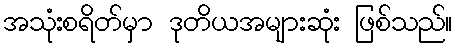
အသုံးစရိတ်မှာ ဒုတိယအများဆုံး ဖြစ်သည်။